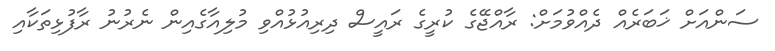
ސަންއަށް ޚަބަރެއް ދެއްވުމަށް: ރާއްޖޭގެ ކުރީގެ ރައީސް ދިރިއުޅުއްވި މުލިއާގެއިން ނެރުނު ރާފުޅިތަކާއި